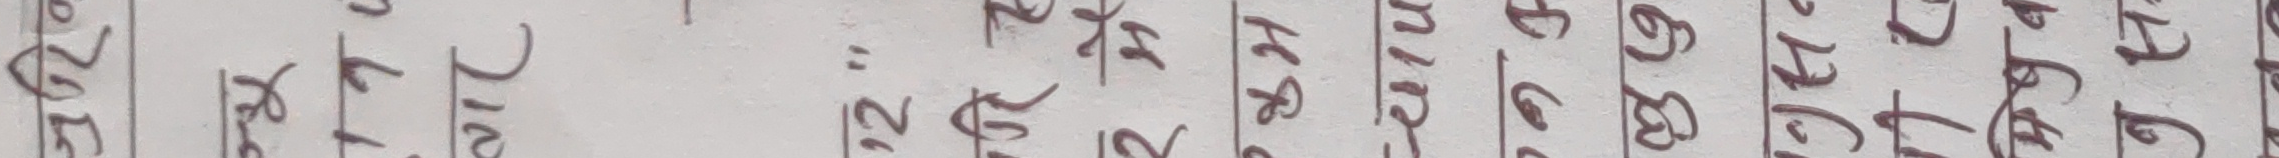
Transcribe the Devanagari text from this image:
२ रे २'' रा घ २० ६० १५ १० १७ १५ १६ १४ १४ ०६ १७
३ त १'' त न ५० ७० २० २० १७ १५ १६ १३ १३ ०७ १७
४ ट ८'' १ टा १४ २५ १५ १० ०२ १२ १८ १७ १७ ०८ २१
५ लि ३'' ५ ब १७ २५ १० ०८ ०६ १० १७ १६ १६ ०८ २०
६ मा ७'' १ जे १५ २५ १० ०७ ०४ १० १६ १५ १५ ०६ १९
७ ज ९'' ० सा २० २५ १५ १० १७ १५ १६ १४ १४ ०६ १७
८ र ५'' ७ ढे १० २० १० ०५ ०३ १० १६ १४ १४ ०६ १७
९ प ०'' ८ च १७ २५ १० ०५ ०४ १० १८ १७ १७ ०८ २१
१० छ ६'' १ ण १५ २५ १५ ०७ ०५ १० १६ १५ १५ ०७ १९
११ त १'' १ मा १६ २५ १५ ०७ ०४ १० १६ १५ १५ ०७ १९
१२ हा ०'' ० मा ०५ २० १० ०५ ०४ १० १६ १४ १४ ०६ १७
१३ का १'' १ मा १० २५ १५ ०७ ०४ १२ १८ १७ १७ ०८ २१